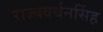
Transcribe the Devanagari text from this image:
राज्यवर्धनसिंह